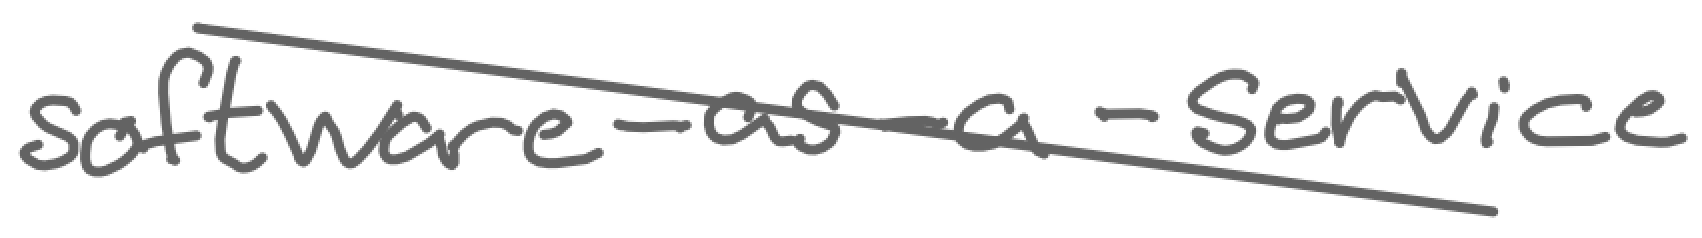
Text: software-as-a-service
Cross-out: diagonal
Writing tool: digital_gray